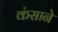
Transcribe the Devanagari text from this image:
कंसाने